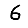
Digit: 6